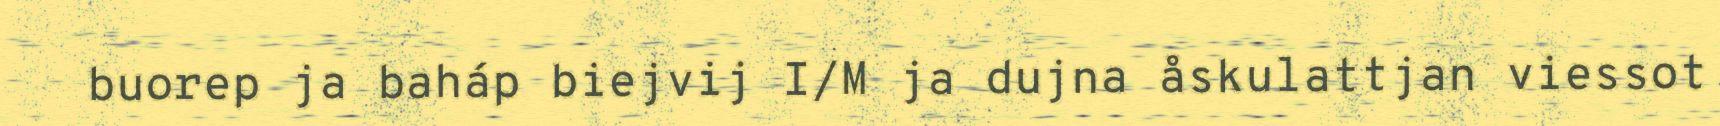
buorep ja baháp biejvij I/M ja dujna åskulattjan viessot